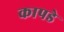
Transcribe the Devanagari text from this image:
कापडे